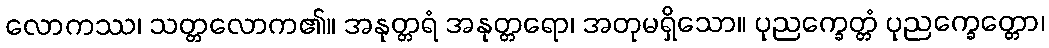
လောကဿ၊ သတ္တလောက၏။ အနုတ္တရံ အနုတ္တရော၊ အတုမရှိသော။ ပုညက္ခေတ္တံ ပုညက္ခေတ္တော၊